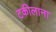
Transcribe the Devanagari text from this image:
टकीलाना